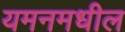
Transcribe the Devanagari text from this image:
यमनमधील